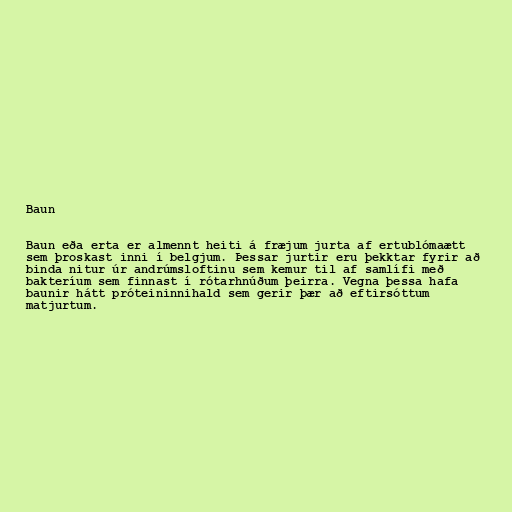
Baun

Baun eða erta er almennt heiti á fræjum jurta af ertublómaætt
sem þroskast inni í belgjum. Þessar jurtir eru þekktar fyrir að
binda nitur úr andrúmsloftinu sem kemur til af samlífi með
bakteríum sem finnast í rótarhnúðum þeirra. Vegna þessa hafa
baunir hátt próteininnihald sem gerir þær að eftirsóttum
matjurtum.